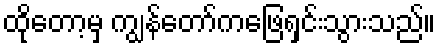
ထိုတော့မှ ကျွန်တော်ကဖြေရှင်းသွားသည်။